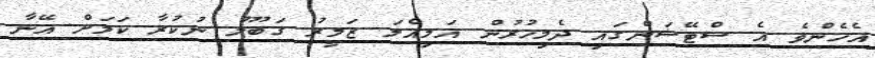
އެހެންވެ އެ ސްޓޭޝަންގައި ދެމިހުރުން އަމިއްލަ ޒަމީރު ގަބޫލު ނުކުރާ ކަމަށް އޭނާ